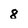
Character: 8